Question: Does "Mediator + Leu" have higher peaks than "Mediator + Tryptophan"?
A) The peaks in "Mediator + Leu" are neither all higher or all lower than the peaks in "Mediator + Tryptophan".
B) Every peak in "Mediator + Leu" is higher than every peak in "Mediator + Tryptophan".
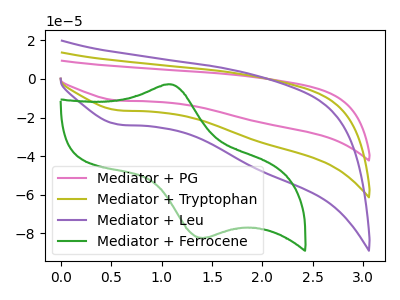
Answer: <think>The pink curve "Mediator + PG" has a cathodic peak at: (0.60V, -32.60uA). The olive curve "Mediator + Tryptophan" has a cathodic peak at: (0.60V, -16.30uA). The purple curve "Mediator + Leu" has a cathodic peak at: (0.60V, -23.65uA). The green curve "Mediator + Ferrocene" has an anodic peak at (1.10V, -2.85uA) and a cathodic peak at (1.45V, -82.25uA).</think>
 <answer>B) Every peak in "Mediator + Leu" is higher than every peak in "Mediator + Tryptophan".</answer>
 <eval>B</eval>